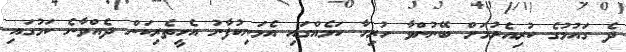
ދެ ގައުމުގެ ކުރިއެރުމަށް ބޭނުންވާ ހުރިހާ ކަމެއްގައި އެމަނިކުފާނު އެހީތެރިކަން ދެއްވާނެ ކަމުގައި